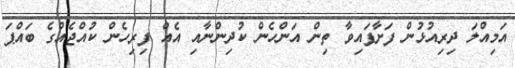
އަމިއްލަ ދިރިއުޅުން ފަށާފައިވާ ތިން އަންހެން ކުދިންނާއި އެއް ފިރިހެން ކުއްޖެއްގެ ބައްޕަ